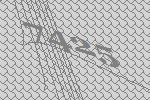
7425